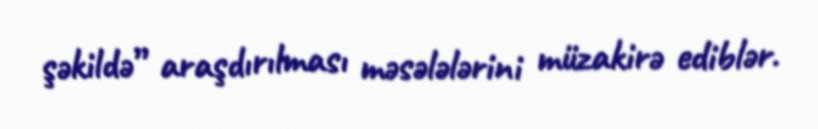
şəkildə” araşdırılması məsələlərini müzakirə ediblər.